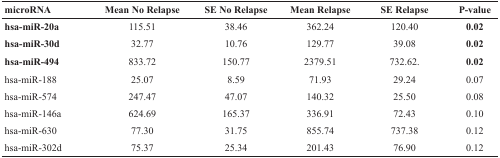
<table><thead><tr><td><b>microRNA</b></td><td><b>Mean No Relapse</b></td><td><b>SE No Relapse</b></td><td><b>Mean Relapse</b></td><td><b>SE Relapse</b></td><td><b>P-value</b></td></tr></thead><tbody><tr><td><b>hsa-miR-20a</b></td><td>115.51</td><td>38.46</td><td>362.24</td><td>120.40</td><td><b>0.02</b></td></tr><tr><td><b>hsa-miR-30d</b></td><td>32.77</td><td>10.76</td><td>129.77</td><td>39.08</td><td><b>0.02</b></td></tr><tr><td><b>hsa-miR-494</b></td><td>833.72</td><td>150.77</td><td>2379.51</td><td>732.62.</td><td><b>0.02</b></td></tr><tr><td>hsa-miR-188</td><td>25.07</td><td>8.59</td><td>71.93</td><td>29.24</td><td>0.07</td></tr><tr><td>hsa-miR-574</td><td>247.47</td><td>47.07</td><td>140.32</td><td>25.50</td><td>0.08</td></tr><tr><td>hsa-miR-146a</td><td>624.69</td><td>165.37</td><td>336.91</td><td>72.43</td><td>0.10</td></tr><tr><td>hsa-miR-630</td><td>77.30</td><td>31.75</td><td>855.74</td><td>737.38</td><td>0.12</td></tr><tr><td>hsa-miR-302d</td><td>75.37</td><td>25.34</td><td>201.43</td><td>76.90</td><td>0.12</td></tr></tbody></table>